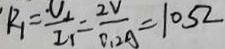
R _ { 1 } = \frac { U _ { 1 } } { 2 _ { 1 } } = \frac { 2 V } { 0 . 2 A } = 1 0 5 2